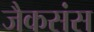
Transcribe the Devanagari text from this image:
जैकसंस